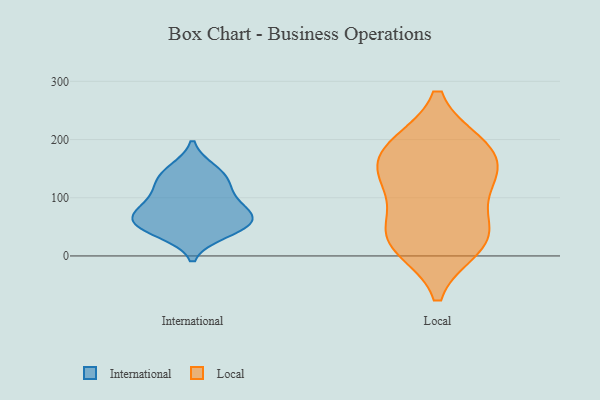
{"axis": {"x": "Waste Production (Tons)", "y": "Value"}, "legend": ["International", "Local"], "data": [{"x": "", "y": 60, "type": "International"}, {"x": "", "y": 139, "type": "International"}, {"x": "", "y": 88, "type": "International"}, {"x": "", "y": 74, "type": "International"}, {"x": "", "y": 68, "type": "International"}, {"x": "", "y": 57, "type": "International"}, {"x": "", "y": 107, "type": "International"}, {"x": "", "y": 47, "type": "International"}, {"x": "", "y": 123, "type": "International"}, {"x": "", "y": 40, "type": "International"}, {"x": "", "y": 148, "type": "International"}, {"x": "", "y": 189, "type": "Local"}, {"x": "", "y": 131, "type": "Local"}, {"x": "", "y": 141, "type": "Local"}, {"x": "", "y": 184, "type": "Local"}, {"x": "", "y": 33, "type": "Local"}, {"x": "", "y": 46, "type": "Local"}, {"x": "", "y": 116, "type": "Local"}, {"x": "", "y": 28, "type": "Local"}, {"x": "", "y": 184, "type": "Local"}, {"x": "", "y": 17, "type": "Local"}]}